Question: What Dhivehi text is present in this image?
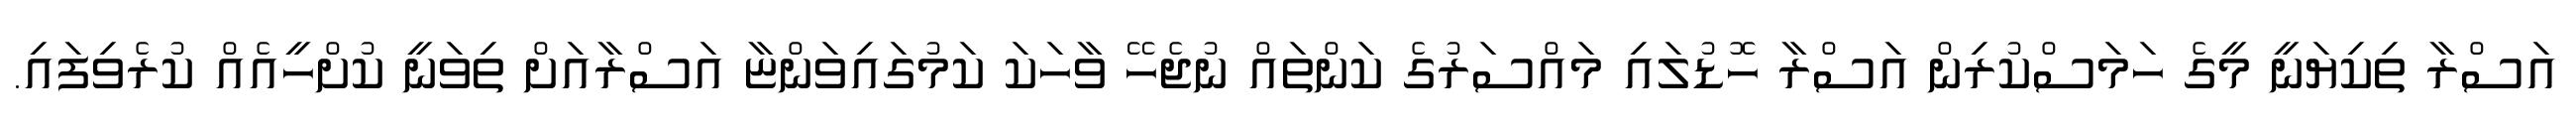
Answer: އަސްރާ ތިކިޔަނީ މީގެ ހަމަސްކުރިން އަސްރާ ހޮޑުލައި މައްސަރުގެ ކަންތައް ނުޖެހޭ ވާހަކަ ކަމުގައިވަންޏާ އަސްރާއަށް ތިވަނީ ކުށްހީއެއް ކުރެވިފައި.